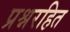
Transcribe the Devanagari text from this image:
प्रश्नरहित